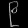
Digit: ၉